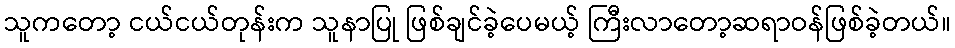
သူကတော့ ငယ်ငယ်တုန်းက သူနာပြု ဖြစ်ချင်ခဲ့ပေမယ့် ကြီးလာတော့ဆရာဝန်ဖြစ်ခဲ့တယ်။